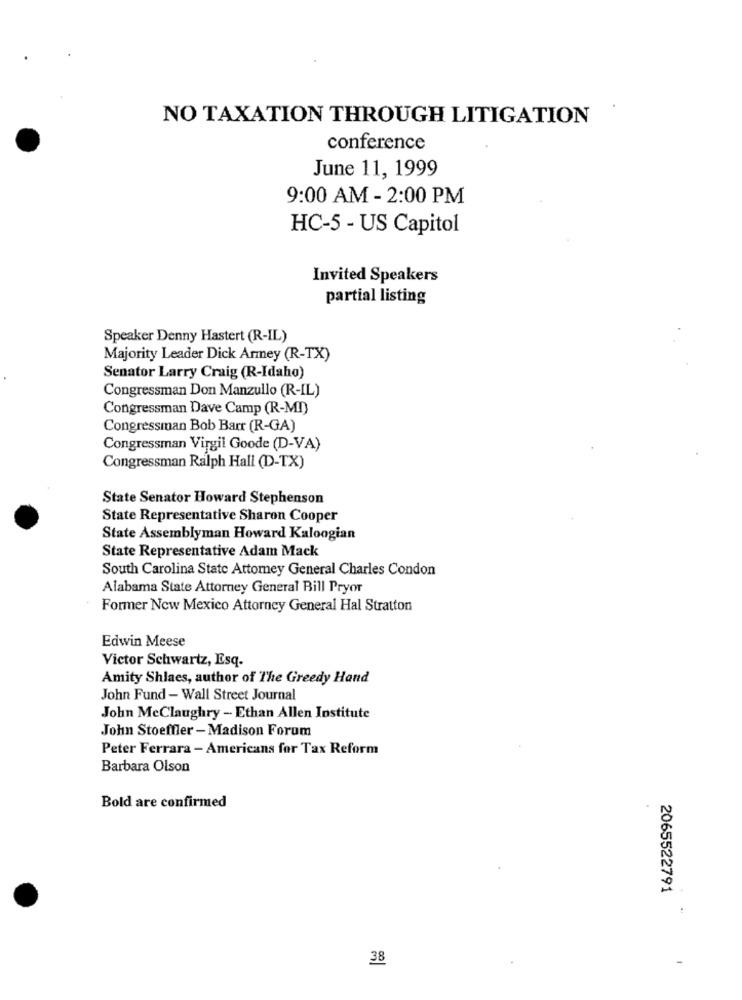
NO TAXATION THROUGH LITIGATION
conference
June 11, 1999
9:00 AM - 2:00 PM
HC-5 - US Capitol
Invited Speakers
partial listing
Speaker Denny Hastert (R-IL)
Majority Leader Dick Armey (R-TX)
Senator Larry Craig (R-Idaho)
Congressman Don Manzullo (R-IL)
Congressman Dave Camp (R-MI)
Congressman Bob Barr (R-GA)
Congressman Virgil Goode (D-VA)
Congressman Ralph Hall (D-TX)
State Senator Howard Stephenson
State Representative Sharon Cooper
State Assemblyman Howard Kaloogian
State Representative Adam Mack
South Carolina State Attorney General Charles Condon
Alabama State Attorney General Bill Pryor
Former New Mexico Attorney General Hal Stratton
Edwin Meese
Victor Schwartz, Esq.
Amity Shlaes, author of The Greedy Hand
John Fund - Wall Street Journal
John McClaughry - Ethan Allen Institute
John Stoeffler -Madison Forum
Peter Ferrara - Americans for Tax Reform
Barbara Olson
Bold are confirmed
2065522791
38